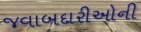
જવાબદારીઓની